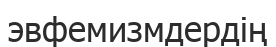
эвфемизмдердің